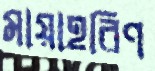
মায়াহরিণ